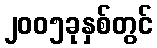
၂၀၀၅ခုနှစ်တွင်